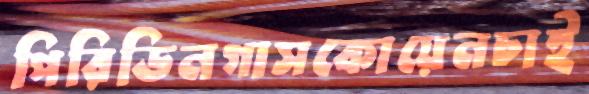
পিরিডিনগাসকোয়েনচাই